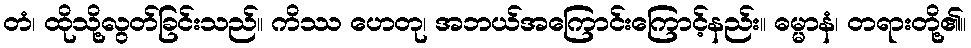
တံ၊ ထိုသို့လွတ်ခြင်းသည်။ ကိဿ ဟေတု၊ အဘယ်အကြောင်းကြောင့်နည်း။ ဓမ္မာနံ၊ တရားတို့၏။